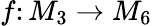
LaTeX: f\colon M_{3}\to M_{6}